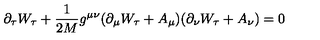
\partial _ { \tau } W _ { \tau } + \frac { 1 } { 2 M } g ^ { \mu \nu } ( \partial _ { \mu } W _ { \tau } + A _ { \mu } ) ( \partial _ { \nu } W _ { \tau } + A _ { \nu } ) = 0